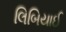
લિબિયાઈ